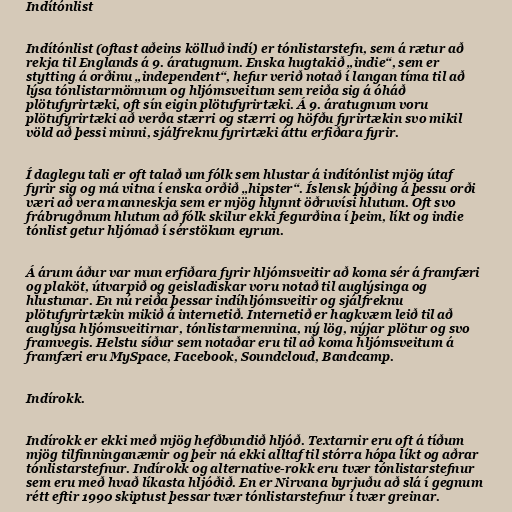
Indítónlist

Indítónlist (oftast aðeins kölluð indí) er tónlistarstefn, sem á rætur að
rekja til Englands á 9. áratugnum. Enska hugtakið „indie“, sem er
stytting á orðinu „independent“, hefur verið notað í langan tíma til að
lýsa tónlistarmönnum og hljómsveitum sem reiða sig á óháð
plötufyrirtæki, oft sín eigin plötufyrirtæki. Á 9. áratugnum voru
plötufyrirtæki að verða stærri og stærri og höfðu fyrirtækin svo mikil
völd að þessi minni, sjálfreknu fyrirtæki áttu erfiðara fyrir.

Í daglegu tali er oft talað um fólk sem hlustar á indítónlist mjög útaf
fyrir sig og má vitna í enska orðið „hipster“. Íslensk þýðing á þessu orði
væri að vera manneskja sem er mjög hlynnt öðruvísi hlutum. Oft svo
frábrugðnum hlutum að fólk skilur ekki fegurðina í þeim, líkt og indie
tónlist getur hljómað í sérstökum eyrum.

Á árum áður var mun erfiðara fyrir hljómsveitir að koma sér á framfæri
og plaköt, útvarpið og geisladiskar voru notað til auglýsinga og
hlustunar. En nú reiða þessar indíhljómsveitir og sjálfreknu
plötufyrirtækin mikið á internetið. Internetið er hagkvæm leið til að
auglýsa hljómsveitirnar, tónlistarmennina, ný lög, nýjar plötur og svo
framvegis. Helstu síður sem notaðar eru til að koma hljómsveitum á
framfæri eru MySpace, Facebook, Soundcloud, Bandcamp.

Indírokk.

Indírokk er ekki með mjög hefðbundið hljóð. Textarnir eru oft á tíðum
mjög tilfinninganæmir og þeir ná ekki alltaf til stórra hópa líkt og aðrar
tónlistarstefnur. Indírokk og alternative-rokk eru tvær tónlistarstefnur
sem eru með hvað líkasta hljóðið. En er Nirvana byrjuðu að slá í gegnum
rétt eftir 1990 skiptust þessar tvær tónlistarstefnur í tvær greinar.